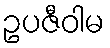
ဥပဇီဝါမ